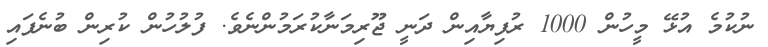
ނުކުމެ އުޅޭ މީހުން 1000 ރުފިޔާއިން ދަނީ ޖޫރިމަނާކުރަމުންނެވެ. ފުލުހުން ކުރިން ބުނެފައި